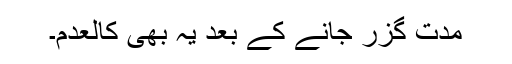
مدت گزر جانے کے بعد یہ بھی کالعدم۔